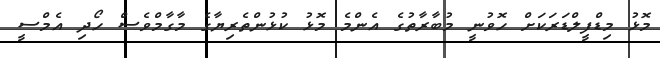
މޮޅު މިޑްފީލްޑަރަކަށް ހޮވުނީ މުބާރާތުގެ އެންމެ މޮޅު ކުޅުންތެރިޔާގެ މާގާމްވެސް ހޯދި އެމްސީ